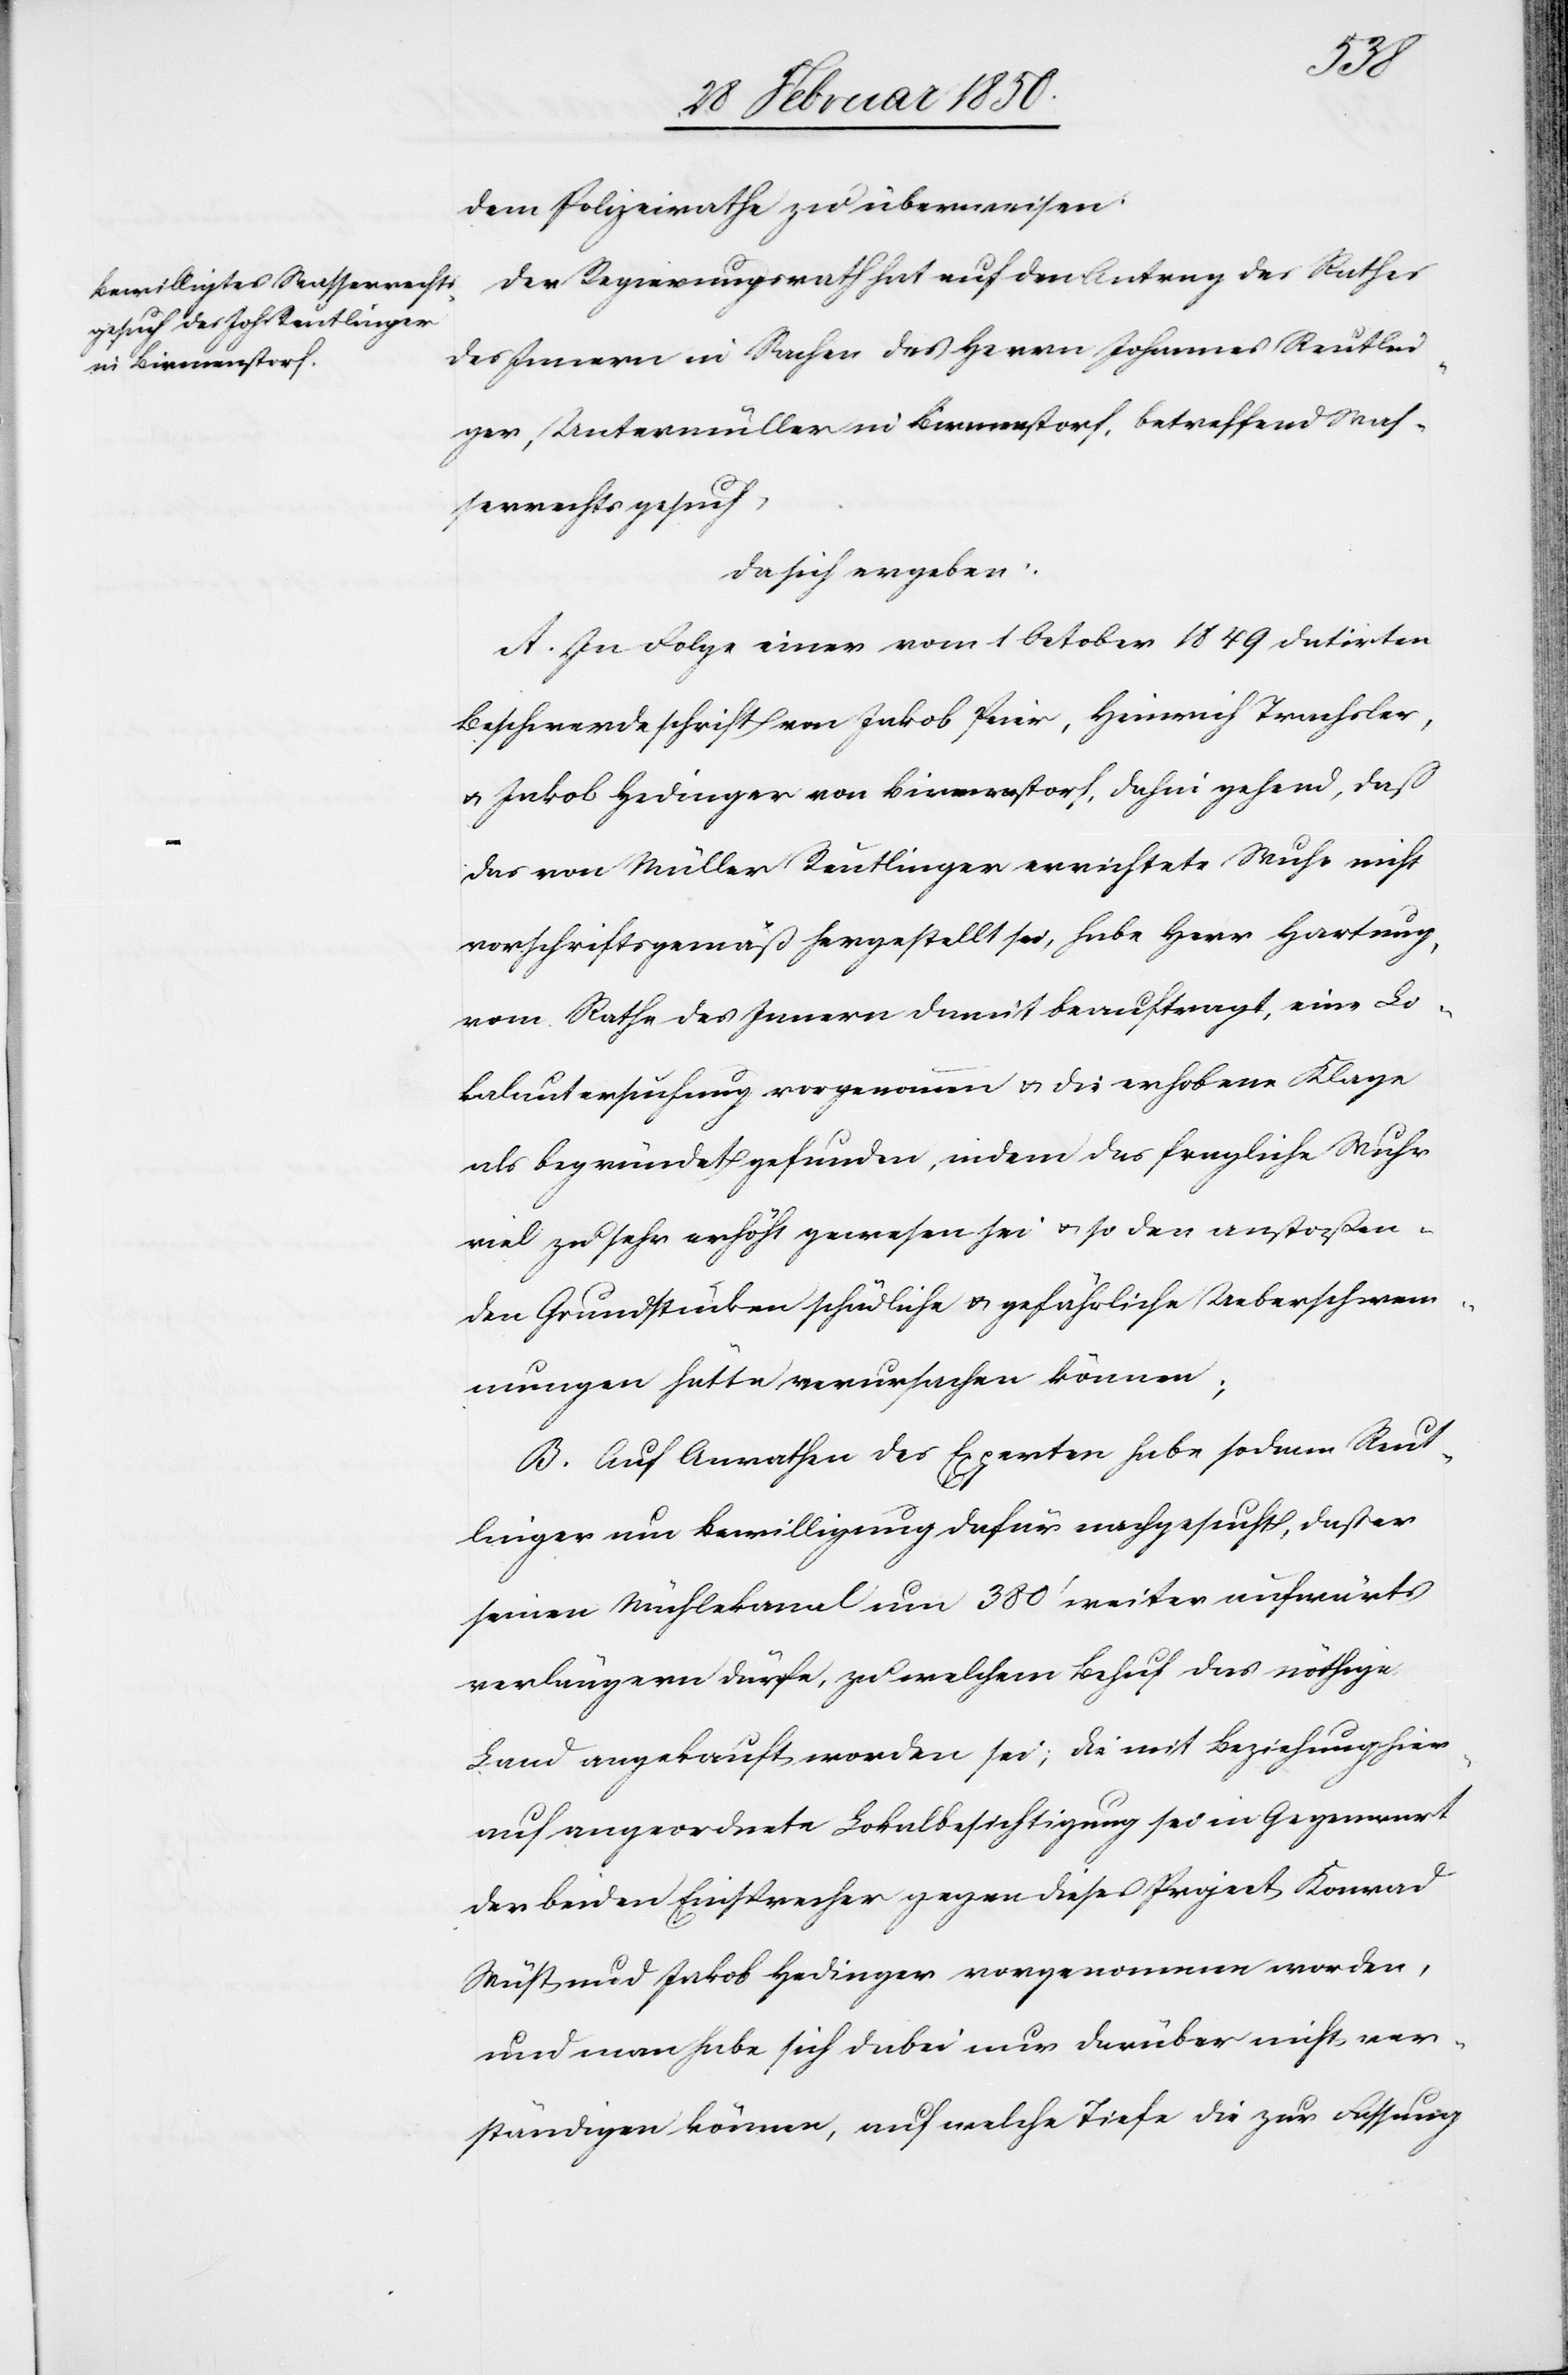
dem Polizeirathe zu überweisen.
Der Regierungsrath hat auf den Antrag des Rathes
des Innern in Sachen des Herrn Johannes Reutlin¬
ger, Untermüller in Birmenstorf, betreffend Was¬
serrechtsgesuch,
da sich ergeben:
A. In Folge einer vom 1 October 1849 datirten
Beschwerdeschrift von Jakob Peier, Heinrich Trachsler,
u. Jakob Hedinger von Birmenstorf, dahin gehend, daß
das von Müller Reutlinger errichtete Wuhr nicht
vorschriftsgemäß hergestellt sei, habe Herr Hartung,
vom Rathe des Innern damit beauftragt, eine Lo¬
kaluntersuchung vorgenommen u. die erhobene Klage
als begründet gefunden, indem das fragliche Wuhr
viel zu sehr erhöht gewesen sei u. so den anstoßen¬
den Grundstücken schädliche u. gefährliche Ueberschwem¬
mungen hätte verursachen können;
B. Auf Anrathen des Experten habe sodann Reut¬
linger um Bewilligung dafür nachgesucht, daß er
seinen Mühlekanal um 380ʼ weiter aufwärts
verlängern dürfe, zu welchem Behuf das nöthige
Land angekauft worden sei; die mit Beziehung hier¬
auf angeordnete Lokalbesichtigung sei in Gegenwart
der beiden Einsprecher gegen dieses Project Konrad
Wüst und Jakob Hedinger vorgenommen worden,
und man habe sich dabei nur darüber nicht ver¬
ständigen könne, auf welche Tiefe die zur Fassung